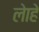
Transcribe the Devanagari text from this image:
लेाहे